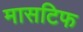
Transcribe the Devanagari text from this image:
मासटिफ